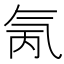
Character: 氞